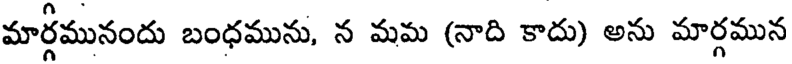
మార్గమునందు బంధమును, న మమ (నాది కాదు) అను మార్గమున